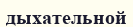
дыхательной